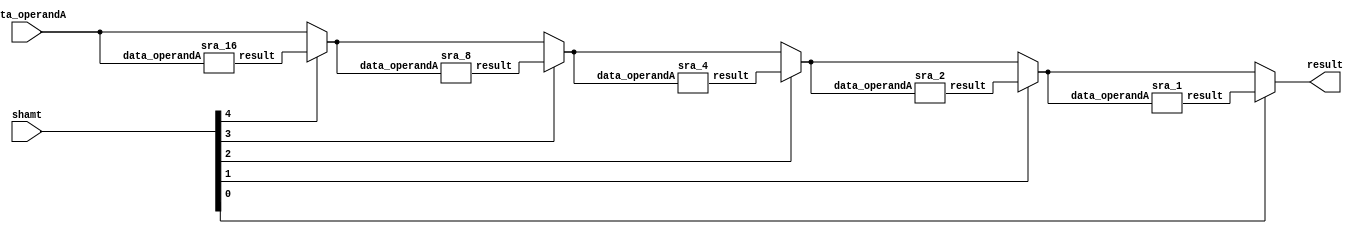
module sra_function(result, data_operandA, shamt);
	input [31:0] data_operandA;
	input [4:0] shamt;
	output [31:0] result;

	wire [31:0] temp0, temp1, temp2, temp3;
	wire [31:0] w1, w2, w4, w8, w16;

	sra_16 shift16(w16, data_operandA);

	assign temp0 = shamt[4] ? w16 : data_operandA;

	sra_8 shift8(w8, temp0);

	assign temp1 = shamt[3] ? w8 : temp0;

	sra_4 shift4(w4, temp1);

	assign temp2 = shamt[2] ? w4 : temp1;

	sra_2 shift2(w2, temp2);

	assign temp3 = shamt[1] ? w2 : temp2;

	sra_1 shift1(w1, temp3);

	assign result = shamt[0] ? w1 : temp3;


endmodule

module sra_16(result, data_operandA);
	input [31:0] data_operandA;
	wire [31:0] temp;
	wire sign;
	output [31:0] result;


	assign sign = data_operandA[31];

	genvar i;
  	generate
    	for (i = 0 ; i < 16; i = i+1)
    	begin : gen_loop
        	assign temp[i] = data_operandA[i+16];
    	end
  	endgenerate

  assign temp[16] = sign;
	assign temp[17] = sign;
  assign temp[18] = sign;
	assign temp[19] = sign;
  assign temp[20] = sign;
	assign temp[21] = sign;
  assign temp[22] = sign;
	assign temp[23] = sign;
	assign temp[24] = sign;
	assign temp[25] = sign;
	assign temp[26] = sign;
	assign temp[27] = sign;
	assign temp[28] = sign;
	assign temp[29] = sign;
	assign temp[30] = sign;
	assign temp[31] = sign;

	assign result = temp;


endmodule

module sra_8(result, data_operandA);
	input [31:0] data_operandA;
	wire [31:0] temp;
	output [31:0] result;
	wire sign;


	assign sign = data_operandA[31];

	genvar i;
  	generate
    	for (i = 0 ; i < 24; i = i+1)
    	begin : gen_loop
        	assign temp[i] = data_operandA[i+8];
    	end
  	endgenerate

	assign temp[24] = sign;
	assign temp[25] = sign;
	assign temp[26] = sign;
	assign temp[27] = sign;
	assign temp[28] = sign;
	assign temp[29] = sign;
	assign temp[30] = sign;
	assign temp[31] = sign;

	assign result = temp;


endmodule

module sra_4(result, data_operandA);
	input [31:0] data_operandA;
	wire [31:0] temp;
	wire sign;
	output [31:0] result;


	assign sign = data_operandA[31];

	genvar i;
  	generate
    	for (i = 0 ; i < 28; i = i+1)
    	begin : gen_loop
        	assign temp[i] = data_operandA[i+4];
    	end
  	endgenerate

	assign temp[28] = sign;
	assign temp[29] = sign;
	assign temp[30] = sign;
	assign temp[31] = sign;

	assign result = temp;


endmodule

module sra_2(result, data_operandA);
	input [31:0] data_operandA;
	wire [31:0] temp;
	wire sign;
	output [31:0] result;


	assign sign = data_operandA[31];

	genvar i;
  	generate
    	for (i = 0 ; i < 30; i = i+1)
    	begin : gen_loop
        	assign temp[i] = data_operandA[i+2];
    	end
  	endgenerate


	assign temp[30] = sign;
	assign temp[31] = sign;

	assign result = temp;


endmodule

module sra_1(result, data_operandA);
	input [31:0] data_operandA;
	wire [31:0] temp;
	wire sign;
	output [31:0] result;


	assign sign = data_operandA[31];

	genvar i;
  	generate
    	for (i = 0 ; i < 31; i = i+1)
    	begin : gen_loop
        	assign temp[i] = data_operandA[i+1];
    	end
  	endgenerate


	assign temp[31] = sign;

	assign result = temp;

endmodule